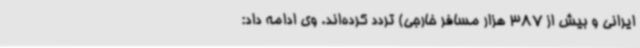
ایرانی و بیش از 387 هزار مسافر خارجی) تردد کرده‌اند. وی ادامه داد: